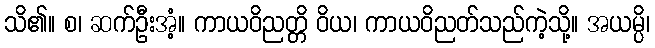
သိ၏။ စ၊ ဆက်ဦးအံ့။ ကာယဝိညတ္တိ ဝိယ၊ ကာယဝိညတ်သည်ကဲ့သို့။ အယမ္ပိ၊